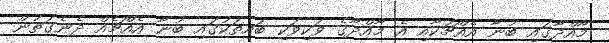
މާއްދާގައި ބުނާ އެއްޗަކާއި އެ މާއްދާގެ ވަކިވަކި ބައިތަކުގައި ބުނާ އެއްޗެއް ދެނެގަތުން